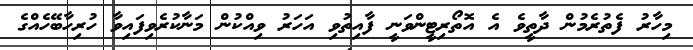
މިހާރު ފެތުރެމުން ދާތީވެ އެ އޮތޯރިޓީންވަނީ ފާއިތުވި އަހަރު ވިއްކުން މަނާކުރެވިފައިވާ ހުރިހާބޭހެއްގެ